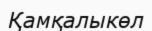
Қамқалыкөл